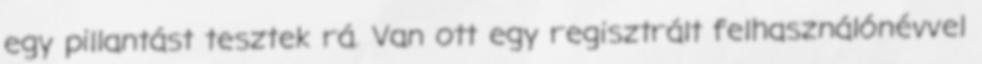
egy pillantást tesztek rá. Van ott egy regisztrált felhasználónévvel